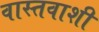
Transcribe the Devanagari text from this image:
वास्तवाशी